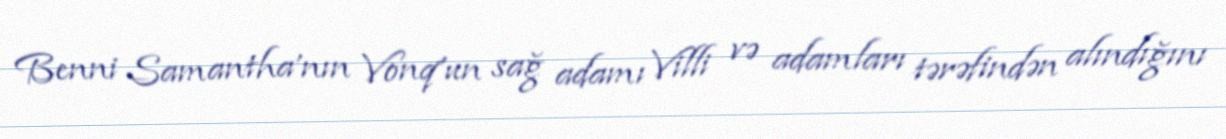
Benni Samantha'nın Vonq'un sağ adamı Villi və adamları tərəfindən alındığını